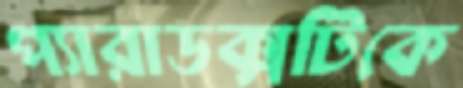
প্যারাডক্সটিকে